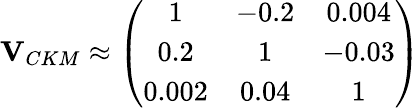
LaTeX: {\mathbf V}_{CKM}\approx\left(\begin{array}{ccc}{{1}}&{{-0.2}}&{{0.004}}\\ {{0.2}}&{{1}}&{{-0.03}}\\ {{0.002}}&{{0.04}}&{{1}}\end{array}\right)